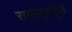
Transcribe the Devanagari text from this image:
रामानुजकृत